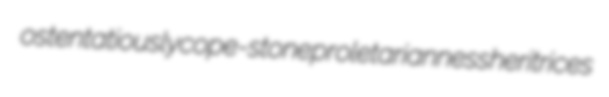
ostentatiously cope-stone proletarianness heritrices